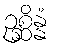
ဥစ္ဆိန္နံ